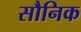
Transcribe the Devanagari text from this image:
सौनिक